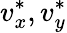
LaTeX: v_{x}^{\ast},v_{y}^{\ast}